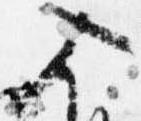
入